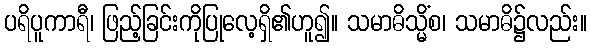
ပရိပူကာရီ၊ ဖြည့်ခြင်းကိုပြုလေ့ရှိ၏ဟူ၍။ သမာဓိသ္မိံစ၊ သမာဓိ၌လည်း။